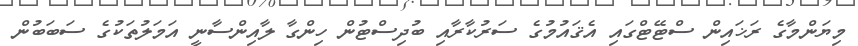
މިޔަންމާގެ ރަޚައިން ސްޓޭޓްގައި އެޤައުމުގެ ސަރުކާރާއި ބުދިސްޓުން ހިންގާ ލާއިންސާނީ އަމަލުތަކުގެ ސަބަބުން